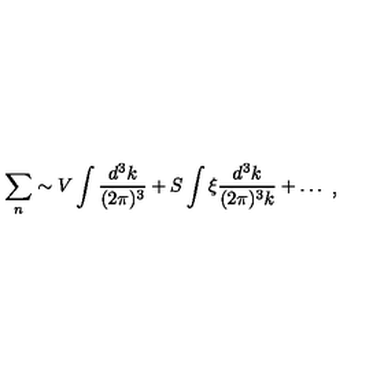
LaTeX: \begin{array} { c } { \displaystyle { \sum _ { n } \sim V \int \frac { d ^ { 3 } k } { ( 2 \pi ) ^ { 3 } } + S \int \xi \frac { d ^ { 3 } k } { ( 2 \pi ) ^ { 3 } k } + \dots } } \\ \end{array} ,